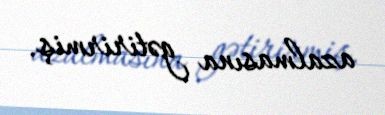
azalmasına gətirirmiş.